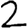
Digit: 2